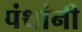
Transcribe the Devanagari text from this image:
पंथांनी